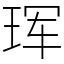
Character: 珲